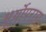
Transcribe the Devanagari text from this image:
सूर्योपराग